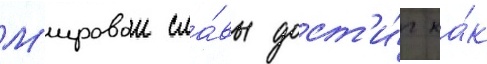
М'ировои сла́вы дост'и́г ка́к